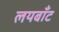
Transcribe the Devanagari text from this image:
लयबाँट